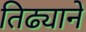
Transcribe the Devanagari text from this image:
तिढ्याने